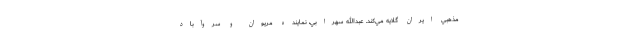
مذهبي ايران گلايه مي‌كند. عبدالله سهرابي، نماينده مريوان و سروآباد